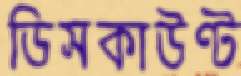
ডিসকাউণ্ট